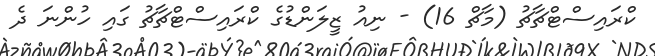
ކްރައިސްޓްޗާޗު (މާޗް 16) - ނިއު ޒީލަންޑުގެ ކްރައިސްޓްޗާޗު ގައި ހުންނަ ދެ